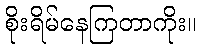
စိုးရိမ်နေကြတာကိုး။